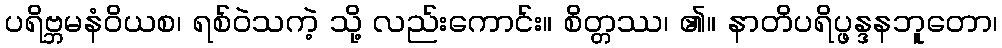
ပရိဗ္ဘမနံဝိယစ၊ ရစ်ဝဲသကဲ့ သို့ လည်းကောင်း။ စိတ္တဿ၊ ၏။ နာတိပရိပ္ဖန္ဒနဘူတော၊